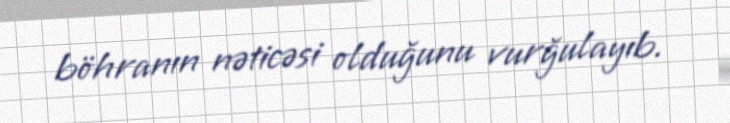
böhranın nəticəsi olduğunu vurğulayıb.